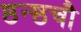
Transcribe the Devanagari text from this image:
ष्ठन्ष्ठचौ